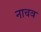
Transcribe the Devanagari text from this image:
नाचव